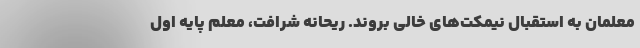
معلمان به استقبال نیمکت‌های خالی بروند. ریحانه شرافت، معلم پایه اول